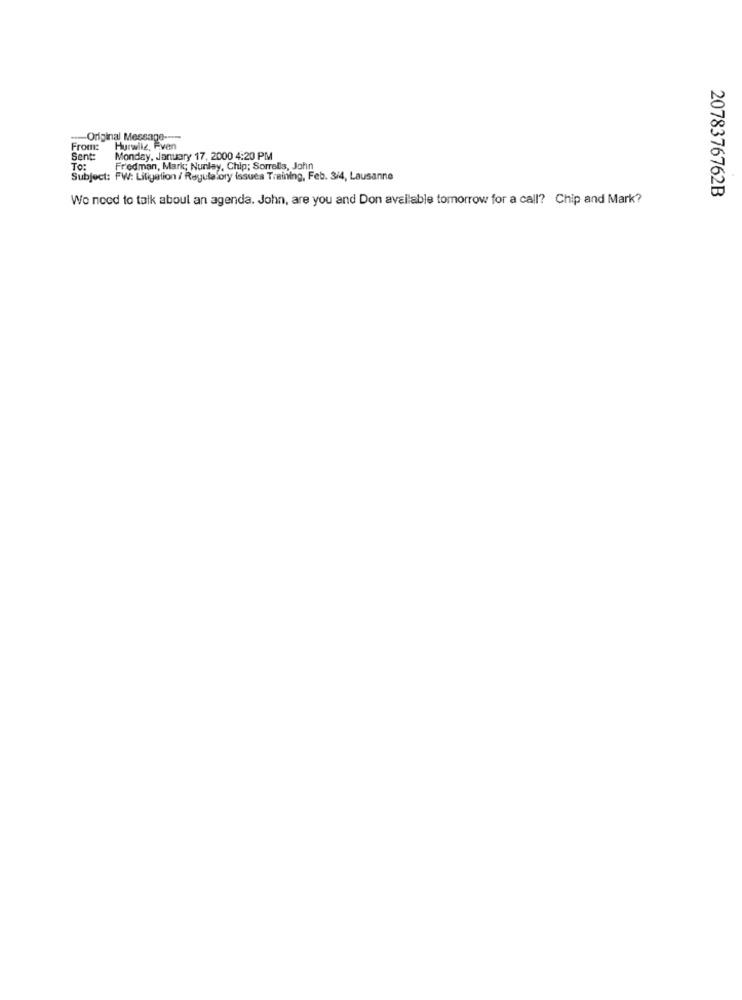
-Original Message ----
From:
Hurwile, Even
Sent
Monday, January 17, 2000 4:20 PM
To:
Fredman, Mark; Nunley, Chip; Sorrells, John
Subject: FW: Litigation / Regulatory issues Training, Feb. 3/4, Lausanne
2078376762B
We need to talk about an agenda. John, are you and Don available tomorrow for a call? Chip and Mark?